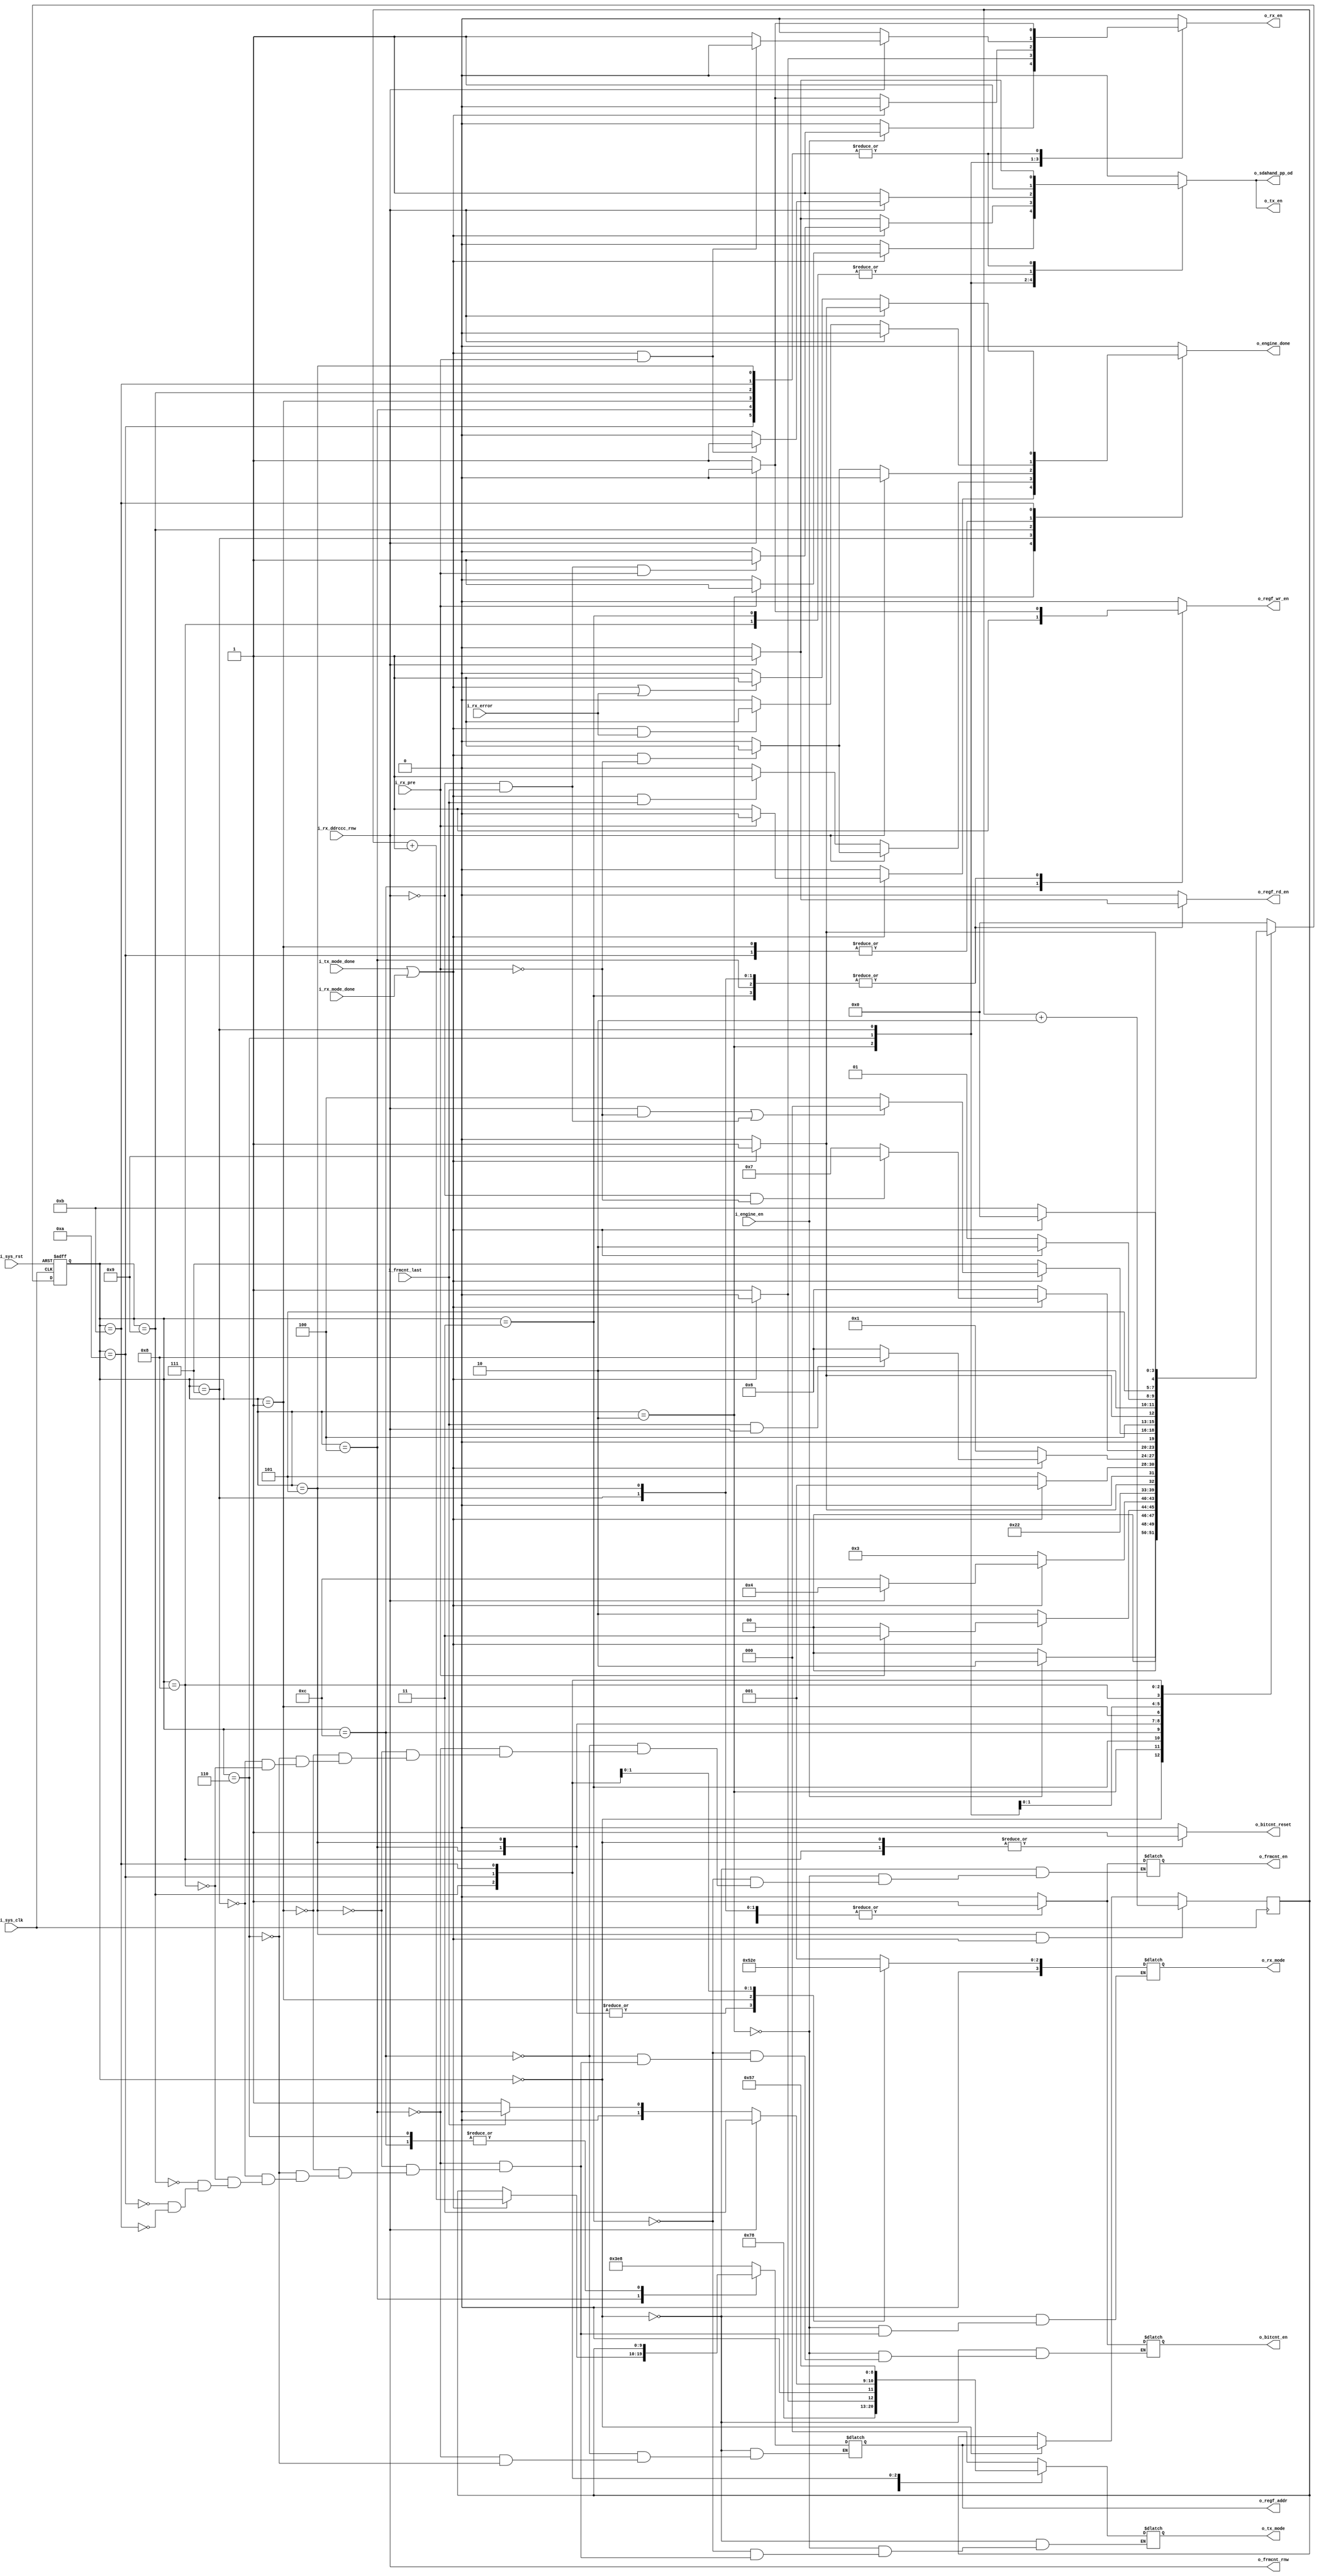
module nt_target (
  input        i_sys_clk,
  input        i_sys_rst,
  input        i_engine_en,
  input        i_tx_mode_done,
  input        i_rx_mode_done,
  input        i_rx_pre,
  input        i_rx_error,
  input        i_rx_ddrccc_rnw,
  input        i_frmcnt_last,

  
  output reg       o_tx_en,
  output reg [2:0] o_tx_mode,
  output reg       o_rx_en,
  output reg [3:0] o_rx_mode,
  output reg       o_engine_done,
  output wire      o_sdahand_pp_od,
  output reg       o_frmcnt_en,
  output wire       o_frmcnt_rnw,
  output reg       o_regf_wr_en,
  output reg       o_regf_rd_en,
  output reg [9:0] o_regf_addr,
  output reg       o_bitcnt_en, 
  output reg       o_bitcnt_reset  
  );
  
  assign o_frmcnt_rnw = i_rx_ddrccc_rnw;
  assign o_sdahand_pp_od = o_tx_en;

  localparam [3:0]  initializing = 'b0000,    
                    pereamble = 'b0001, 
				            deserializing_data = 'b0010, 
				            deserializing_ccc_value = 'b0011, 
				            check_Parity = 'b0100, 
				            token_CRC = 'b0101, 
				            CRC_value = 'b0110, 
				            deserializing_address = 'b0111, 
				            deserializing_zeros = 'b1000, 
				            special_pereamble = 'b1001; 
 
 
 localparam    [2:0]      PREAMBLE_ZERO           = 3'b000  ,   
                          PREAMBLE_ONE            = 3'b001  ,    
                          SERIALIZING_BYTE        = 3'b011  ,
                          CRC_TOKEN               = 3'b010  ,   
                          PAR_VALUE               = 3'b110  ,
                          CRC_VALUE               = 3'b111  ;
                          
 localparam [3:0]   idle = 0, //done          
					          parity = 1, //done
					          sec_stage_first_data_pre = 2, //done            
					          ack = 3, //done
					          first_data_byte = 4, //done
					          second_data_byte = 5, //done
					          third_stage_first_data_pre = 6, //done           
					          abort_bit = 7, //done                               
					          fourth_stage_crc_first_pre = 8, //done
					          fourth_stage_crc_second_pre = 9, //done 
					          token_crc_bits = 10, //done              
					          crc_value_bits = 11, //done
					          delaying = 12;
					          
parameter Start_From = 'd1000;

reg    [3:0]         current_state , 
                     next_state ;
                     
reg [9:0] o_regf_addr_temp;
wire mode_done ;
                     
assign mode_done = i_tx_mode_done || i_rx_mode_done ;
                     
 always @(posedge i_sys_clk or negedge i_sys_rst)
 begin
  if(!i_sys_rst)
    current_state <= idle ;
  else
    current_state <= next_state ;
 end 
 
 always @(*)
  begin
    case (current_state)
      
      idle: begin
        
        if(i_engine_en)
          next_state = sec_stage_first_data_pre;
        else
          next_state = idle;
          
        end
      
      sec_stage_first_data_pre: begin
      
        if(mode_done)
          begin
            if(!i_rx_pre)
              next_state = idle;
            else
              next_state = ack;
          end
        else
          next_state = sec_stage_first_data_pre;
          
        end
        
      ack: begin
        if(mode_done)
         begin
           if(i_rx_ddrccc_rnw)
             next_state = first_data_byte;
           else
             next_state = delaying;
         end
        else
          next_state = ack;
        end
      
      delaying: next_state = first_data_byte;
      
      first_data_byte: begin
        if(mode_done)
          next_state = second_data_byte;
        else
          next_state = first_data_byte;
        end
        
      second_data_byte: begin
        if(mode_done)
          next_state = parity;
        else
          next_state = second_data_byte;
        end
          
      parity: begin
        if(mode_done)
          begin
            if(i_frmcnt_last && i_rx_ddrccc_rnw)
              next_state = fourth_stage_crc_first_pre;
            else
              next_state = third_stage_first_data_pre;
          end
        else
          next_state = parity;
        end
        
      third_stage_first_data_pre: begin
        if(mode_done)
         begin
           if(!i_rx_ddrccc_rnw && !i_rx_pre)
               next_state = fourth_stage_crc_second_pre;
             else
               next_state = abort_bit;
            end
         else
           next_state = third_stage_first_data_pre;
         end
         
      abort_bit: begin
        if(mode_done)
          begin
           if((i_rx_ddrccc_rnw && !i_rx_pre) || (!i_rx_ddrccc_rnw && i_frmcnt_last))
             next_state = idle;
           else
             next_state = first_data_byte;
          end
        else
          next_state = abort_bit;
        end
      
      fourth_stage_crc_first_pre: begin
        if(mode_done)
          next_state = fourth_stage_crc_second_pre;
        else
          next_state = fourth_stage_crc_first_pre;
        end
        
      fourth_stage_crc_second_pre: begin
        if(mode_done)
          next_state = token_crc_bits;
        else
          next_state = fourth_stage_crc_second_pre;
        end 
        
      token_crc_bits: begin
        if(mode_done)
          next_state = crc_value_bits;
        else
          next_state = token_crc_bits;
        end 
        
      crc_value_bits: begin
        if(mode_done)
          next_state = idle;
        else
          next_state = crc_value_bits;
        end
        
      default: next_state = idle;            

    endcase    
  end
  
  always @ (*)
   begin
     
     o_tx_en = 0;
     o_rx_en = 0;
     o_engine_done = 0;
     o_regf_wr_en = 0;
     o_regf_rd_en = 0;
     o_bitcnt_reset = 0;
     case (current_state)
       
       idle: begin
        o_bitcnt_en = 'b0;
        o_bitcnt_reset = 1;
        o_frmcnt_en = 0;
        o_regf_addr = Start_From;
        o_rx_mode = pereamble;
        o_tx_mode = PREAMBLE_ZERO; 
        if(i_engine_en)
          o_rx_en = 1;
        else
          o_rx_en = 0;
        end
       
       sec_stage_first_data_pre: begin
         o_bitcnt_reset = 0;
         o_bitcnt_en = 'b1;
         o_frmcnt_en = 'b1 ;
         o_rx_mode = pereamble;
         o_tx_mode = PREAMBLE_ZERO;
         if(mode_done)
          begin
           if(i_rx_pre)  
            begin
             o_engine_done = 0; 
             o_tx_en = 1;
             o_rx_en = 0;
            end
           else
            begin
             o_engine_done = 1; //due to framing error
             o_tx_en = 0;
             o_rx_en = 0;
            end
          end
         else
          begin
           o_engine_done = 0;
           o_rx_en = 1;
           o_tx_en = 0;
          end
         end
       
       ack: begin //transition_state
         o_frmcnt_en = 'b1 ;
         o_bitcnt_en = 'b1;
         o_tx_en = 1;
         o_tx_mode = PREAMBLE_ZERO;
         if(!i_rx_ddrccc_rnw)
         begin
          o_regf_wr_en = 1;
          o_regf_rd_en = 0;
         end
       else
         begin
          o_regf_rd_en = 1;
          o_regf_wr_en = 0;  
         end         
         end
      
      delaying: begin
        o_frmcnt_en = 'b1 ;
        o_bitcnt_en = 'b1;
        o_tx_en = 0;
        o_rx_en = 0;
        o_regf_wr_en = 1;
        o_regf_addr = o_regf_addr_temp;
      end
       
      first_data_byte: begin
       o_frmcnt_en = 'b1 ;
       o_bitcnt_en = 'b1;
       o_regf_addr = o_regf_addr_temp;
       o_tx_mode = SERIALIZING_BYTE;
       o_rx_mode = deserializing_data;
       if (mode_done)
         o_regf_addr = o_regf_addr_temp + 1;
       else
         o_regf_addr = o_regf_addr_temp;
       if(!i_rx_ddrccc_rnw)
         begin
          o_rx_en = 1;
          o_tx_en = 0;
          o_regf_wr_en = 1;
          o_regf_rd_en = 0;
         end
       else
         begin
          o_tx_en = 1;
          o_rx_en = 0;
          o_regf_rd_en = 1;
          o_regf_wr_en = 0;  
         end               
       end
         
      second_data_byte: begin
       o_frmcnt_en = 'b1 ;
       o_bitcnt_en = 'b1;
       o_tx_mode = SERIALIZING_BYTE;
       o_rx_mode = deserializing_data;
       if(!i_rx_ddrccc_rnw)
         begin
          o_rx_en = 1;
          o_tx_en = 0;
          o_regf_wr_en = 1;
          o_regf_rd_en = 0;
         end
       else
         begin
          o_tx_en = 1;
          o_rx_en = 0;
          o_regf_rd_en = 1;
          o_regf_wr_en = 0;  
         end               
       end    
         
      parity: begin
       o_frmcnt_en = 'b1 ;
       o_bitcnt_en = 'b1;
       o_tx_mode = PAR_VALUE;
       o_rx_mode = check_Parity;
       if(!i_rx_ddrccc_rnw)
         begin
          o_rx_en = 1;
          o_tx_en = 0;
          o_engine_done = (mode_done && i_rx_error)? 1'b1 : 1'b0;
         end
       else
         begin
          o_tx_en = 1;
          o_rx_en = 0;
          o_engine_done = 0;
         end
       end 
      
    third_stage_first_data_pre: begin 
     o_rx_mode = pereamble; 
     o_bitcnt_en = 'b1;
     o_frmcnt_en = 'b1 ;
     o_regf_addr = o_regf_addr_temp;
     if (mode_done)
       begin
         o_tx_mode = PREAMBLE_ZERO;
         if (!i_rx_ddrccc_rnw && i_frmcnt_last && i_rx_pre)
           begin
            o_tx_en = 1;
            o_rx_en = 0; 
           end
         else
           begin
            o_tx_en = 0;
            o_rx_en = 0; 
           end
         end          
     else
       begin
       o_tx_mode = PREAMBLE_ONE;
       if(!i_rx_ddrccc_rnw)
         begin
          o_rx_en = 1;
          o_tx_en = 0;
         end
       else
         begin
          o_tx_en = 1;
          o_rx_en = 0; 
         end
       end
     end 
       
      
      abort_bit: begin //transition
       o_rx_mode = pereamble;
       o_bitcnt_en = 'b1;
       o_frmcnt_en = 'b1 ;
       if(i_rx_ddrccc_rnw)
         begin
          o_rx_en = 1;
          o_tx_en = 0;
          o_engine_done = (mode_done && !i_rx_pre)? 1'b1 : 1'b0;
          o_tx_mode = SERIALIZING_BYTE;
          o_regf_rd_en = 1;
          if(mode_done && i_rx_pre)
           begin
             o_tx_en = 1;
             o_rx_en = 0;
           end
          else
            begin
             o_rx_en = 1;
             o_tx_en = 0; 
            end
         end
       else
         begin
          o_regf_wr_en = 1;
          o_tx_en = 1;
          o_rx_en = 0;
          o_tx_mode = i_frmcnt_last? PREAMBLE_ZERO : PREAMBLE_ONE;
          o_engine_done = (mode_done && i_frmcnt_last)? 1'b1 : 1'b0;  
         end
       end 
        
      fourth_stage_crc_first_pre: begin
          o_tx_en = 1;
          o_tx_mode = PREAMBLE_ZERO;
          o_rx_mode = pereamble;
          o_bitcnt_reset = 1;
          o_bitcnt_en = 'b0;
          o_frmcnt_en = 'b0 ;
       end
       
      fourth_stage_crc_second_pre: begin    
       o_rx_mode = pereamble;
       o_tx_mode = PREAMBLE_ONE;
       o_bitcnt_en = 'b0;
       if(!i_rx_ddrccc_rnw)
         begin
          o_rx_en = 1;
          o_tx_en = 0;
          o_engine_done = (mode_done && !i_rx_pre)? 1'b1 : 1'b0; 
         end
       else
         begin
          o_tx_en = 1;
          o_rx_en = 0;
          o_engine_done = 0;
         end
       end        
       
      token_crc_bits: begin
       o_bitcnt_en = 'b0;
       o_rx_mode = token_CRC;
       o_tx_mode = CRC_TOKEN;
       if(!i_rx_ddrccc_rnw)
         begin
          o_rx_en = 1;
          o_tx_en = 0;
          o_engine_done = (mode_done && i_rx_error)? 1'b1 : 1'b0; 
         end
       else
         begin
          o_tx_en = 1;
          o_rx_en = 0;
          o_engine_done = 0;
         end
       end
      
      crc_value_bits: begin
       o_bitcnt_en = 'b0;
       o_rx_mode = CRC_value;
       o_tx_mode = CRC_VALUE;
       if(!i_rx_ddrccc_rnw)
         begin
          o_rx_en = 1;
          o_tx_en = 0;
          o_engine_done = (mode_done || i_rx_error)? 1'b1 : 1'b0; 
         end
       else
         begin
          o_tx_en = 1;
          o_rx_en = 0;
          o_engine_done = (mode_done)? 1'b1 : 1'b0;
         end
       end        
             
     endcase
   end
           
 always @ (posedge i_sys_clk)
  begin
   if((current_state == second_data_byte) && (mode_done))
      o_regf_addr_temp <= o_regf_addr_temp + 2;
   else if (current_state == idle)
    o_regf_addr_temp <= o_regf_addr; 
  end          
         
          
endmodule